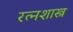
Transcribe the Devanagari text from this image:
रत्नशास्त्र